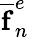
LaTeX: \mathbf{\overline{{f}}}_{n}^{e}